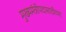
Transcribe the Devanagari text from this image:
मुख्यमंत्रीपदासाठीच्या